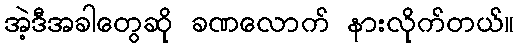
အဲ့ဒီအခါတွေဆို ခဏလောက် နားလိုက်တယ်။